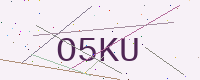
Text: O5KU